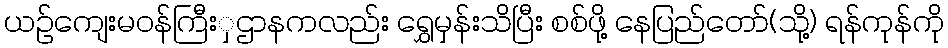
ယဉ်ကျေးမဝန်ကြီးှဌာနကလည်း ရွှေမှန်းသိပြီး စစ်ဖို့ နေပြည်တော်(သို့) ရန်ကုန်ကို